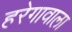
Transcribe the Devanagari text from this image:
हरेगावाला